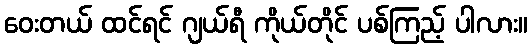
ဝေးတယ် ထင်ရင် ဂျယ်ရီ ကိုယ်တိုင် ပစ်ကြည့် ပါလား။